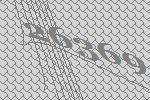
26369